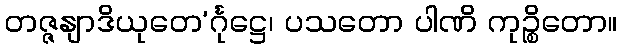
တဇ္ဇနျာဒိယုတေ’င်္ဂုဋ္ဌေ၊ ပသတော ပါဏိ ကုဉ္စိတော။